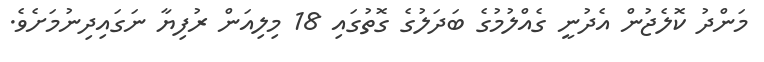
މަންދު ކޮލެޖުން އެދުނީ ގެއްލުމުގެ ބަދަލުގެ ގޮތުގައި 18 މިލިއަން ރުފިޔާ ނަގައިދިނުމަށެވެ.